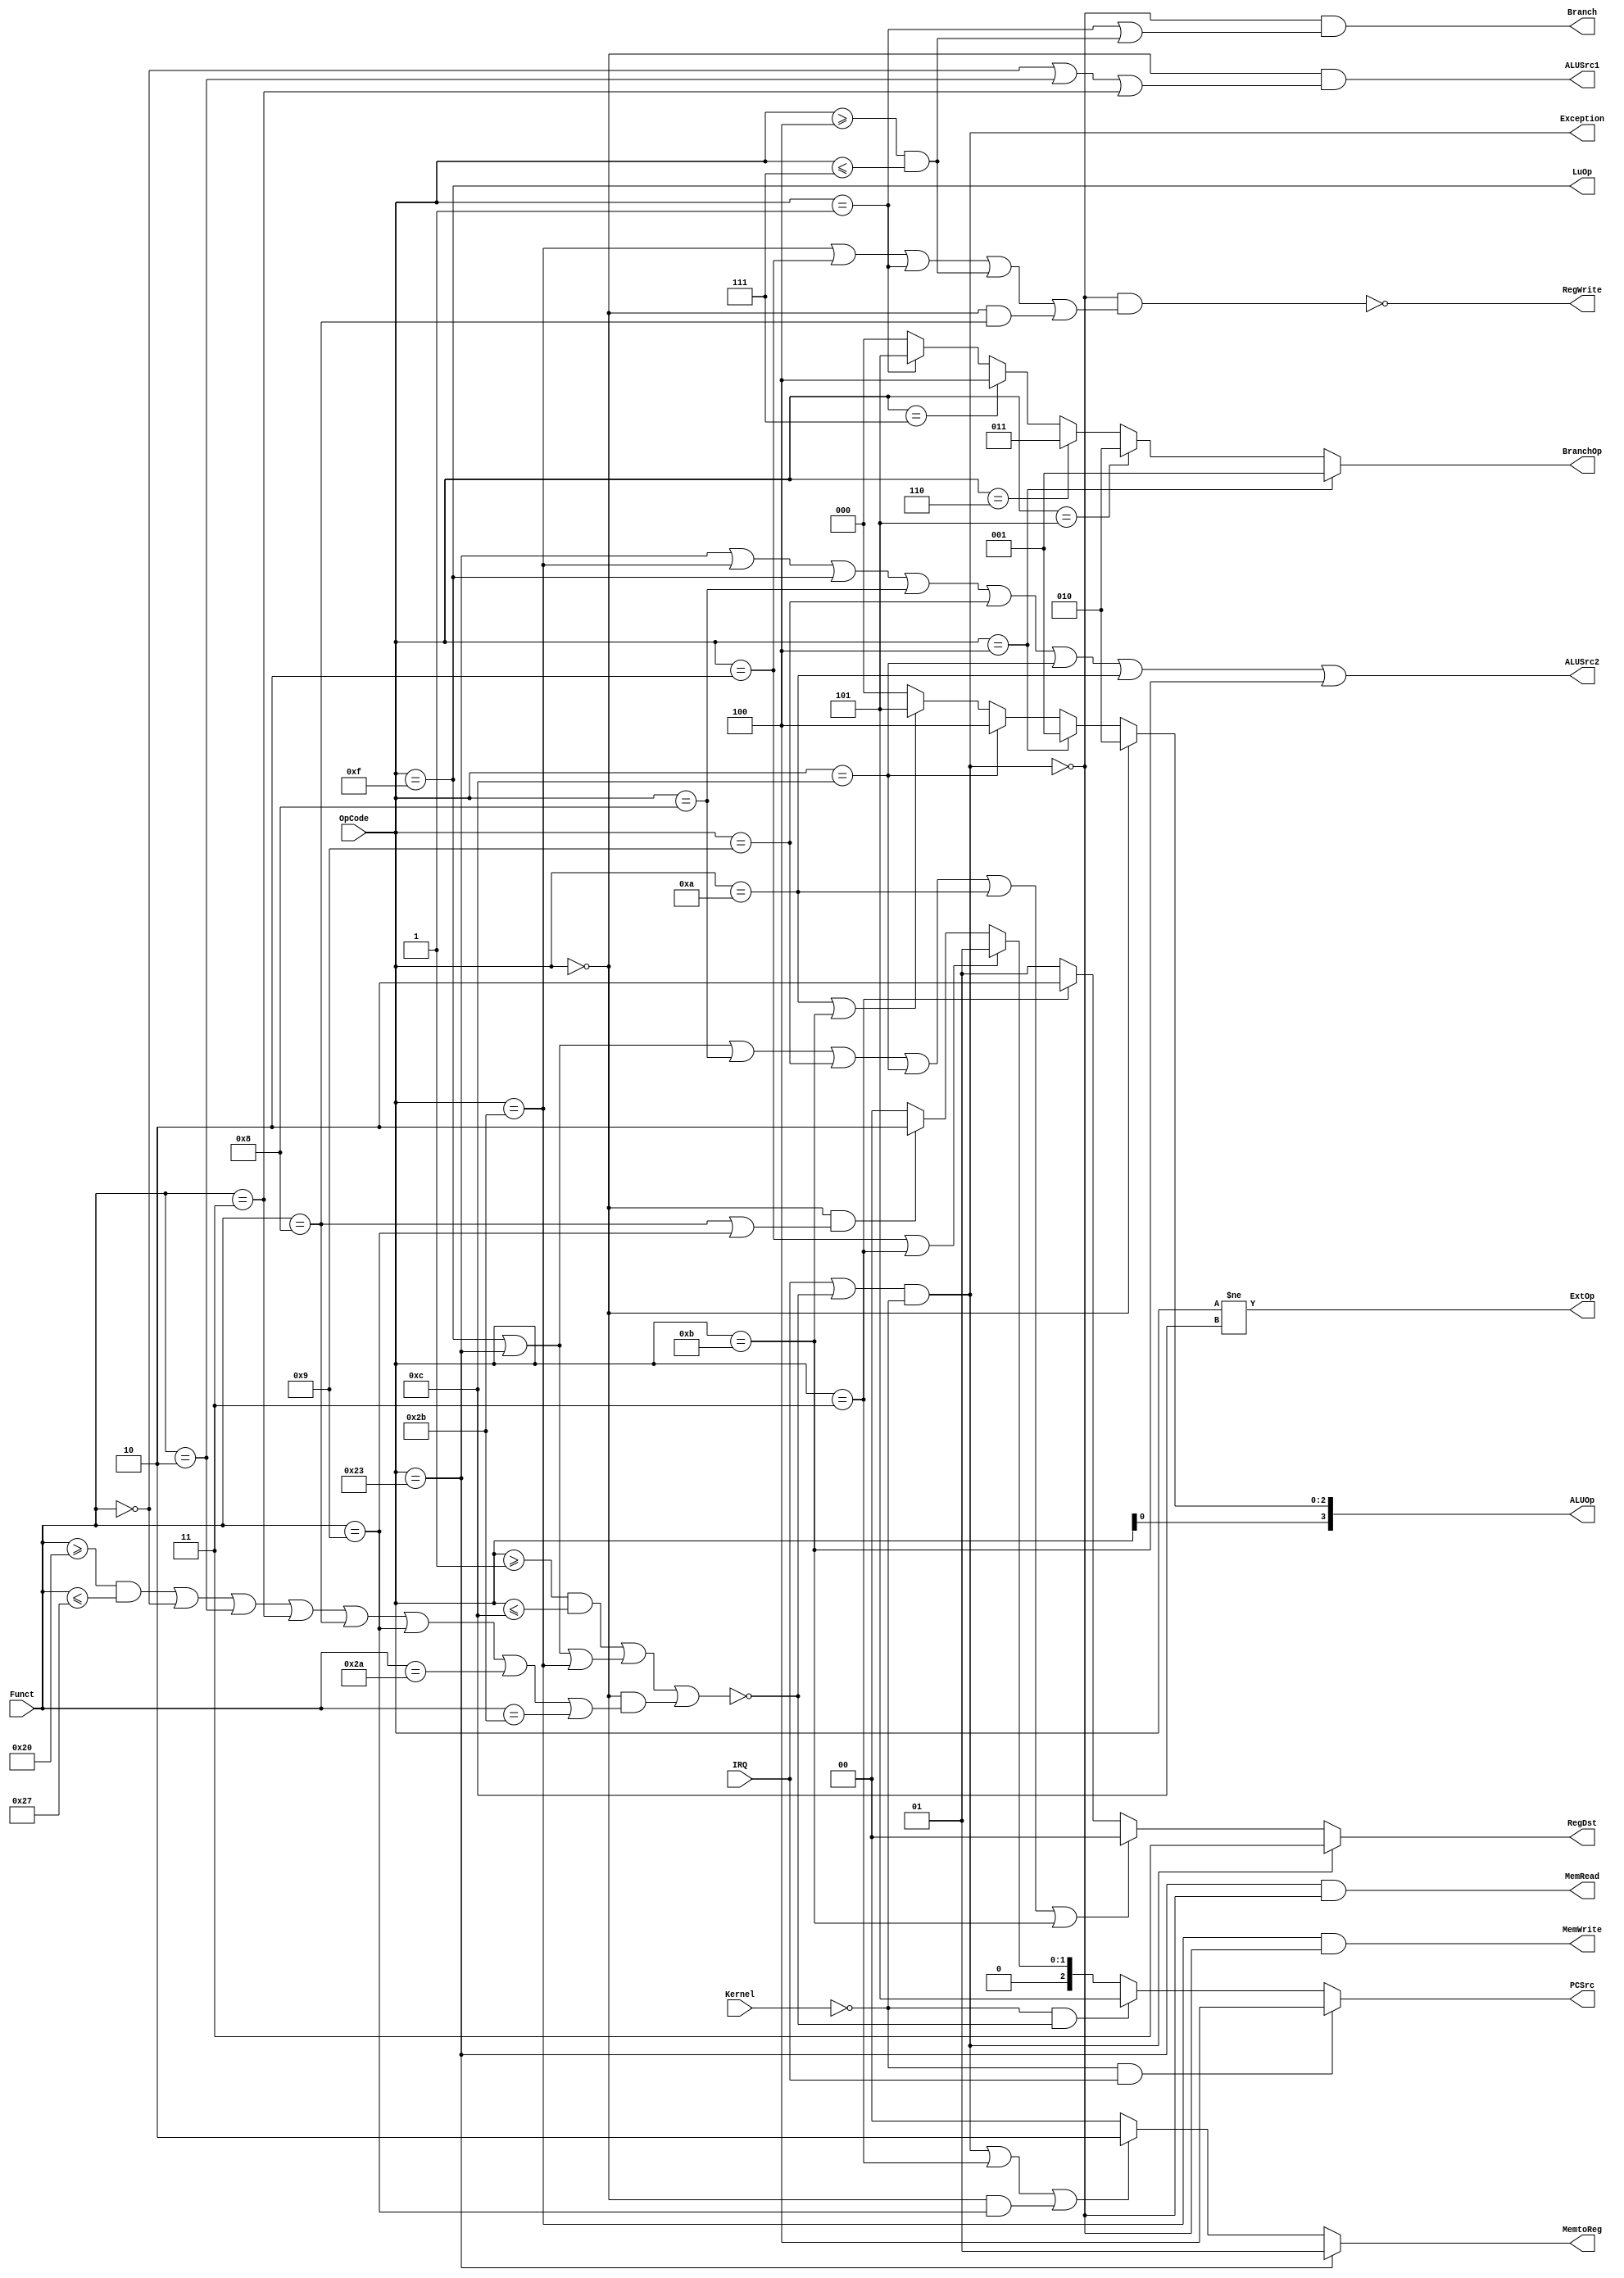
module Control(OpCode, Funct, IRQ, Kernel,
	PCSrc, Branch, RegWrite, RegDst,
	MemRead, MemWrite, MemtoReg,
	ALUSrc1, ALUSrc2, ExtOp, LuOp, ALUOp, BranchOp,
	Exception);
	input [5:0] OpCode;
	input [5:0] Funct;
	input IRQ;
	input Kernel;
	output [2:0] PCSrc;
	output Branch;
	output [2:0] BranchOp;
	output RegWrite;
	output [1:0] RegDst;
	output MemRead;
	output MemWrite;
	output [1:0] MemtoReg;
	output ALUSrc1;
	output ALUSrc2;
	output ExtOp;
	output LuOp;
	output [3:0] ALUOp;
	output Exception;
	
	wire Undefined;
	assign Undefined = ~((OpCode >= 6'h01 && OpCode <= 6'h0c) ||
        (OpCode == 6'h0f || OpCode == 6'h23 || OpCode == 6'h2b) ||
        (OpCode == 6'h00 &&
         	((Funct >= 6'h20 && Funct <= 6'h27) ||
			  Funct == 6'h00 ||
			  Funct == 6'h02 ||
			  Funct == 6'h03 ||
			  Funct == 6'h08 ||
			  Funct == 6'h09 ||
			  Funct == 6'h2a ||
			  Funct == 6'h2b
			)
        ));
	
	assign Exception =  (IRQ || Undefined) && ~Kernel;
	
	assign PCSrc =
		(~Kernel && IRQ)? 3'b100:
		(~Kernel && Undefined)? 3'b101:
		(OpCode == 6'h02 || OpCode == 6'h03)? 3'b001:
		(OpCode == 6'h00 && (Funct == 5'h08 || Funct == 5'h09))? 3'b010:
		3'b000;
	
	assign Branch = ~Exception && (OpCode == 6'h01 || (OpCode >= 6'h04 && OpCode <= 6'h07));
		
	assign BranchOp = 
		(OpCode == 6'h04)? 3'b001:
		(OpCode == 6'h05)? 3'b010:
		(OpCode == 6'h06)? 3'b011:
		(OpCode == 6'h07)? 3'b100:
		(OpCode == 6'h01)? 3'b101:
		3'b000;
	
	assign RegWrite = ~(~Exception &&(OpCode == 6'h2b || OpCode == 6'h02 || OpCode == 6'h01 ||
						(OpCode >= 6'h04 && OpCode <= 6'h07) || (OpCode == 6'h00 && Funct == 5'h08)));
	
	assign RegDst[1:0] =
		Exception? 2'b11:
		(OpCode == 6'h23 || OpCode == 6'h0f || OpCode == 6'h08 || OpCode == 6'h09 || OpCode == 6'h0c || OpCode == 6'h0a || OpCode == 6'h0b)? 2'b00:
		(OpCode == 6'h03)? 2'b10:
		2'b01;
	
	assign MemRead = OpCode == 6'h23 && ~Exception;
	
	assign MemWrite = OpCode == 6'h2b && ~Exception;
	
	assign MemtoReg[1:0] =
		(OpCode == 6'h23)? 2'b01:
		(Exception || OpCode == 6'h03 || (OpCode == 6'h00 && Funct == 5'h09))? 2'b10: 
		2'b00;
	
	assign ALUSrc1 = OpCode == 6'h00 && (Funct == 5'h00 || Funct == 5'h02 || Funct == 5'h03);
	
	assign ALUSrc2 = OpCode == 6'h23 || OpCode == 6'h2b || OpCode == 6'h0f || OpCode == 6'h08 || OpCode == 6'h09 || OpCode == 6'h0c || OpCode == 6'h0a || OpCode == 6'h0b;
	
	assign ExtOp = OpCode != 6'h0c;
	
	assign LuOp = OpCode == 6'h0f;
	
	assign ALUOp[2:0] = 
		(OpCode == 6'h00)? 3'b010: 
		(OpCode == 6'h04)? 3'b001: 
		(OpCode == 6'h0c)? 3'b100: 
		(OpCode == 6'h0a || OpCode == 6'h0b)? 3'b101: 
		3'b000;
		
	assign ALUOp[3] = OpCode[0];
	
endmodule